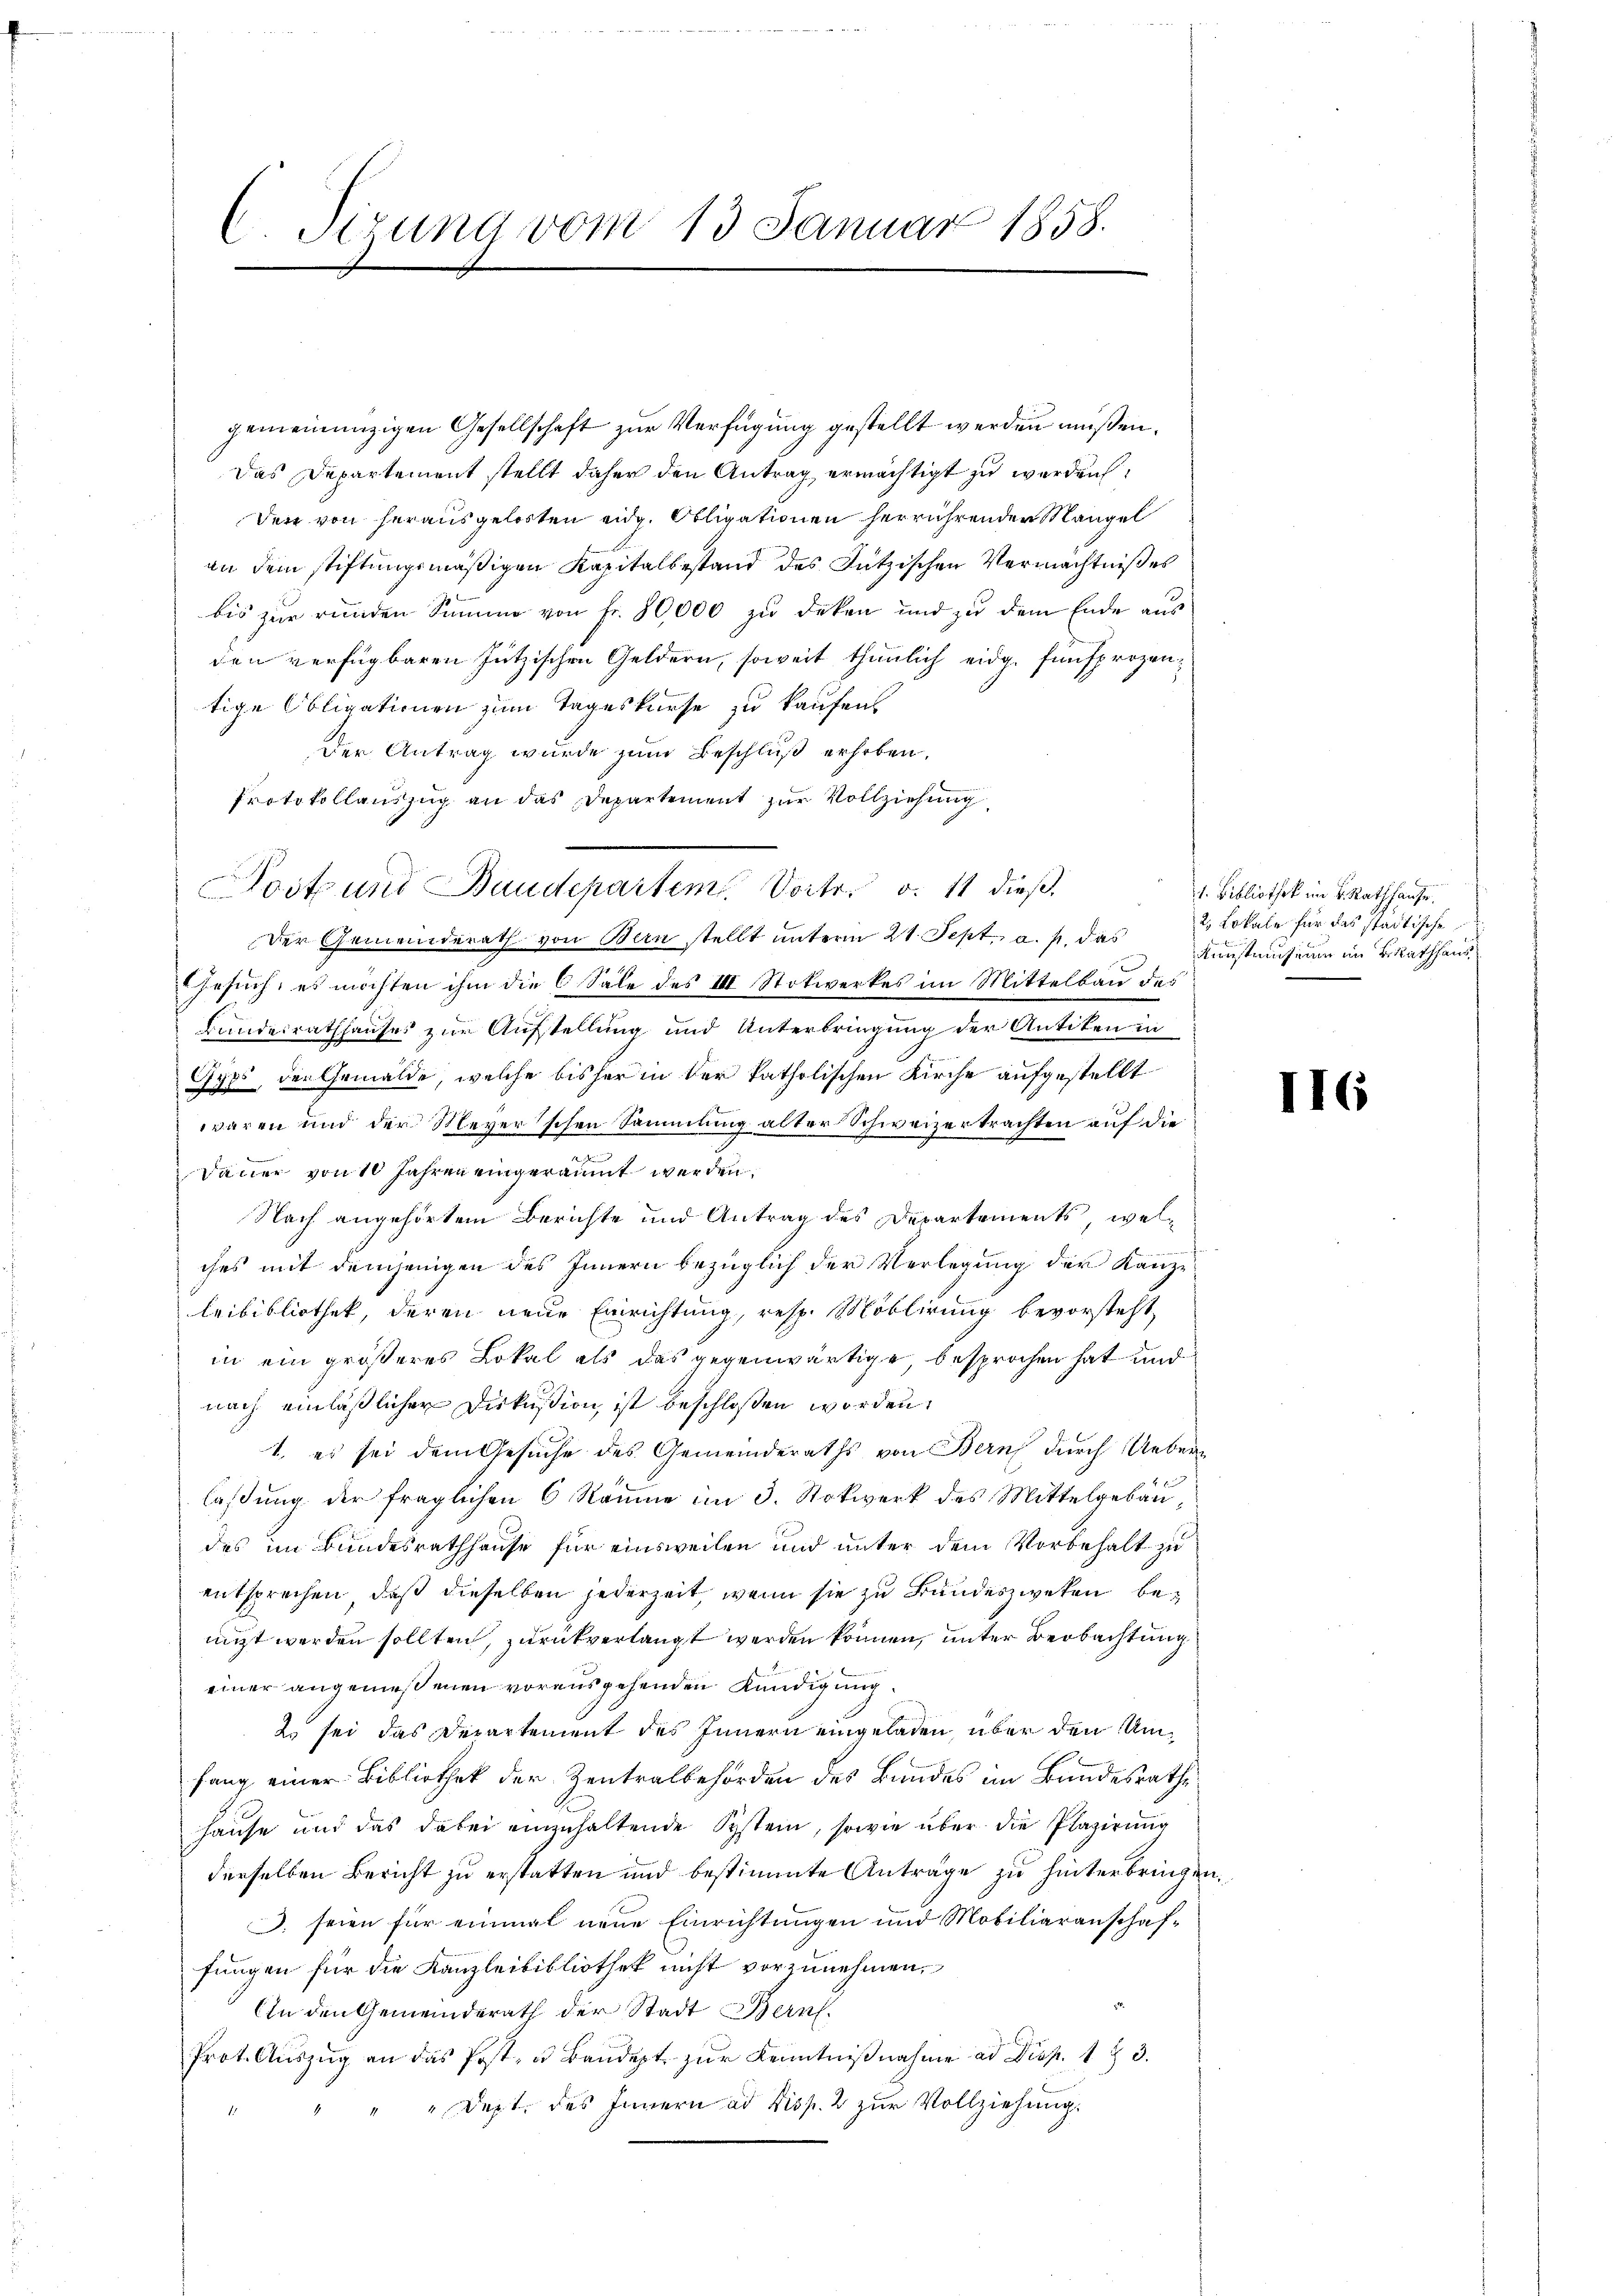
C. Sizung vom 13. Januar 1858.

gemeinanzigen Gesellschaft zur Verfügung gestellt werden müßen.
Das Departement stellt daher den Antrag ermächtigt zu werden,
Der von herausgelosten eidg. Obligationen herrührenden Mangel
an dem stiftungsmäßigen Kapitalbestand des Jützischen Vermächtniß es
bis zur runden Summe von Fr. 80,000 zu deken und zu dem Ende aus
den verfügbaren Jützischen Geldern, soweit thunlich eidg. fünfprozen
tige Obligationen zum Tageskurse zu kaufen
Der Antrag wurde zum Beschluß erhoben.
Protokollauszug an das Departement zur Vollziehung
Gesuch, es möchten ihm die C Sale des III Stokwerkes im Mittelbau des
Bundesrathhauses zur Aufstellung und Unterbringung der Antiken in
Gyps, der Gemälde, welche bisher in der katholischen Kirche aufgestellt
waren und der Meyer’schen Sammlung alter Schweizertrachten auf die
Dauer von 10 Jahren eingeräumt werden.
Nach angehörtem Berichte und Antrag des Departements, welches mit demjenigen des Innern bezüglich der Verlegung der Kanze
leibibliothek, deren neue Einrichtung, resp. Möblirung bevorsteht
in ein größeres Lokal als das gegenwärtige besprochen hat und
nach einläßlicher Diskußion, ist beschloßen worden.
1. es sei dem Gesuche des Gemeinderaths von Bern durch Uebern
laßung der fraglichen 6 Räume im 3. Stokwerk des Mittelgebäudes im Bundesrathhause für einsweilen und unter dem Vorbehalt zu
entsprechen, daß dieselben jederzeit, wenn sie zu Bundeszweken benicht werden sollten, zurückverlangt werden können, unter Beobachtung
einer angemeßenen vorausgehenden Kündigung
2. sei das Departement des Innern eingeladen über den Umfang einer Bibliothek der Zentralbehörden des Bandes im Bundesrathe
hause und das dabei einzuhaltende Systein, sowie über die Plazirung
derselben Bericht zu erstatten und bestimmte Anträge zu hinterbringen.
. seien für einmal neue Einrichtungen und Mobiliaranschaffungen für die Kanzleibibliothek nicht vorzunehmen,
An den Gemeinderath der Stadt Bern.
Prot. Aŭszŭg an das Post- u. Bandert zŭr Kenntniβnahme ad Disp. 1 § 3.
"Dept. des Innern ad Disp. 2 zur Vollziehung.

Post und Baudepartem Vortr. d. 11 dieß.
Der Gemeinderath von Bern stellt unterm 21. Sept. a. p. das

1. Bibliothek im K. Rathhause.
2. Lokale für das städtische
Kunstmusium im BRathhaus

II6